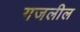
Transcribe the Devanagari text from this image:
गजलील